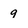
Character: 9